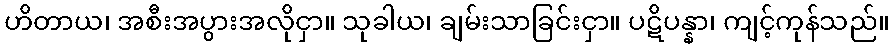
ဟိတာယ၊ အစီးအပွားအလိုငှာ။ သုခါယ၊ ချမ်းသာခြင်းငှာ။ ပဋိပန္နာ၊ ကျင့်ကုန်သည်။